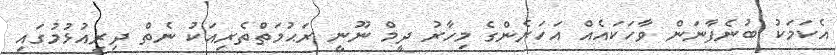
އެކަމަކު ބުނެފާނަން ވާހަކައެއް އަހަރެންގެ މިހާރު ދީމް ނޫނީ ރަޙުމަތްތެރިއަކު ނެތް ދިރިއުޅުމުގައި